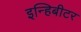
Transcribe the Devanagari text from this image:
इन्हिबीटर